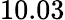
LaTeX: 10.03